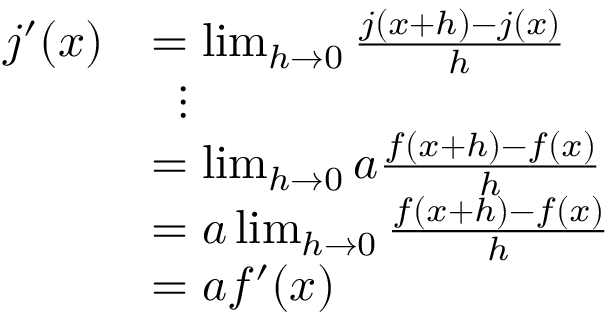
{ \begin{array} { r l } { j ^ { \prime } ( x ) } & { = \operatorname* { l i m } _ { h \rightarrow 0 } { \frac { j ( x + h ) - j ( x ) } { h } } } \\ & { \; \; \vdots } \\ & { = \operatorname* { l i m } _ { h \rightarrow 0 } a { \frac { f ( x + h ) - f ( x ) } { h } } } \\ & { = a \operatorname* { l i m } _ { h \rightarrow 0 } { \frac { f ( x + h ) - f ( x ) } { h } } } \\ & { = a f ^ { \prime } ( x ) } \end{array} }